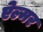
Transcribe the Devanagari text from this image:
ऐल्मर